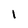
Character: I